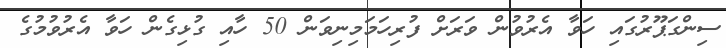
ސިންގަޕޫރުގައި ހަވާ އެރުވުން ވަރަށް ފުރިހަމަމިނިވަން 50 ހާއި ގުޅިގެން ހަވާ އެރުވުމުގެ